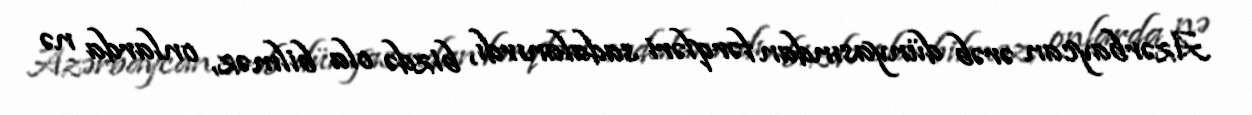
Azərbaycan ərəb dünyasından fərqləri sadalanırdı, bizdə ola bilməz, onlarda nə